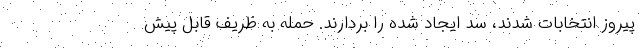
پیروز انتخابات شدند، سد ایجاد شده را بردارند. حمله به ظریف قابل پیش